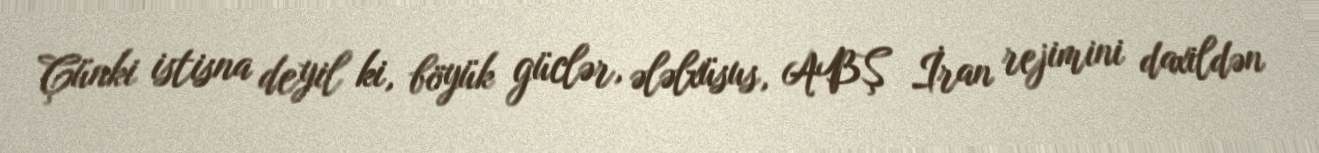
Çünki istisna deyil ki, böyük güclər, ələlxüsus, ABŞ İran rejimini daxildən